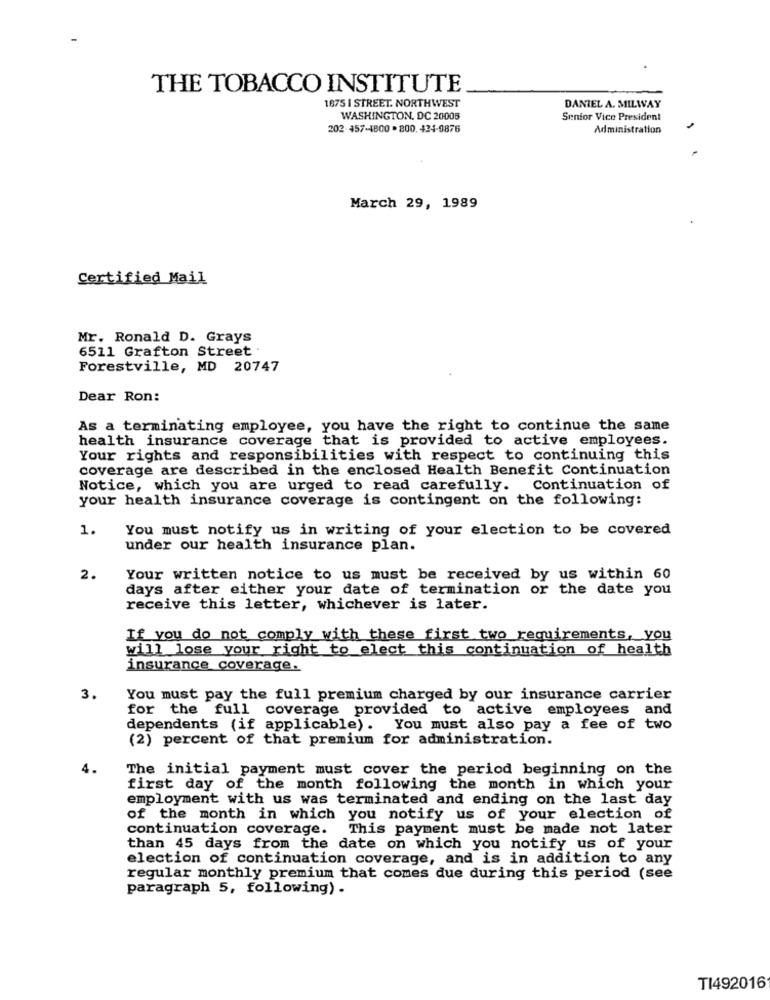
THE TOBACCO INSTITUTE
1875 I STREET. NORTHWEST
DANIEL A. MILWAY
WASHINGTON, DC 20005
Senior Vice President
202-457-4800 - 800, 424-9876
Administration
March 29, 1989
Certified Mail
Mr. Ronald D. Grays
6511 Grafton Street .
Forestville, MD 20747
Dear Ron:
As a terminating employee, you have the right to continue the same
health insurance coverage that is provided to active employees.
Your rights and responsibilities with respect to continuing this
coverage are described in the enclosed Health Benefit Continuation
Notice, which you are urged to read carefully.
Continuation of
your health insurance coverage is contingent on the following:
1.
You must notify us in writing of your election to be covered
under our health insurance plan.
2.
Your written notice to us must be received by us within 60
days after either your date of termination or the date you
receive this letter, whichever is later.
If you do not comply with these first two requirements, you
will lose your right to elect this continuation of health
insurance coverage.
3.
You must pay the full premium charged by our insurance carrier
for the full coverage provided to active employees and
dependents (if applicable). You must also pay a fee of two
(2) percent of that premium for administration.
4.
The initial payment must cover the period beginning on the
first day of the month following the month in which your
employment with us was terminated and ending on the last day
of the month in which you notify us of your election of
continuation coverage.
This payment must be made not later
than 45 days from the date on which you notify us of your
election of continuation coverage, and is in addition to any
regular monthly premium that comes due during this period (see
paragraph 5, following) .
TI492016